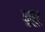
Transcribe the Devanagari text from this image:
बूबू